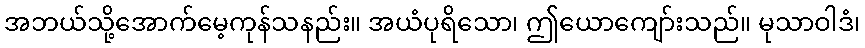
အဘယ်သို့အောက်မေ့ကုန်သနည်း။ အယံပုရိသော၊ ဤယောကျော်းသည်။ မုသာဝါဒံ၊